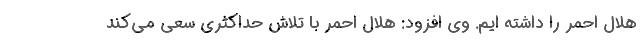
هلال احمر را داشته ایم. وی افزود: هلال احمر با تلاش حداکثری سعی می‌کند